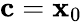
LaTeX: \mathbf{c}=\mathbf{x}_{0}